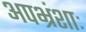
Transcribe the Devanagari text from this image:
अपभ्रंशाः